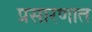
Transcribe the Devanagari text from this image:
प्रसारणात